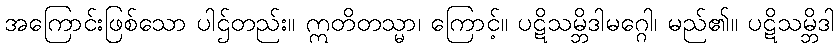
အကြောင်းဖြစ်သော ပါဌ်တည်း။ ဣတိတသ္မာ၊ ကြောင့်။ ပဋိသမ္ဘိဒါမဂ္ဂေါ၊ မည်၏။ ပဋိသမ္ဘိဒါ